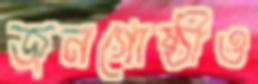
জনগোষ্ঠীও